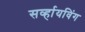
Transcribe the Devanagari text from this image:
सर्व्हायविंग